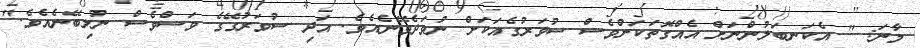
މާނަ: " އެކަނބަލުންނަށް އެއްގޮތަކަށްވެސް ސުވަރުގެއަކަށް ނުވަދެވޭނެއެވެ. އަދި ސުވަރުގޭގެ ވަސްވެސް ނުލިބޭނެއެވެ."